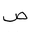
Letter: _sad